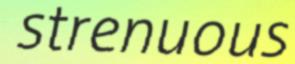
strenuous